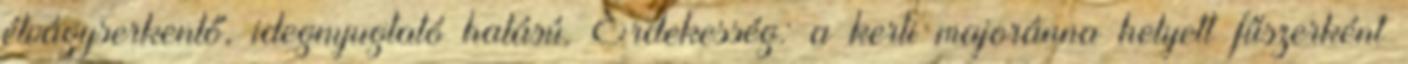
étvágyserkentő, idegnyugtató hatású. Érdekesség: a kerti majoránna helyett fűszerként